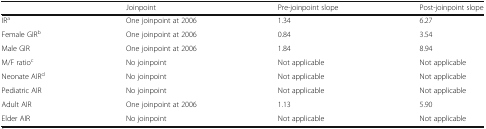
|  | Joinpoint | Pre-joinpoint slope | Post-joinpoint slope |
 | --- | --- | --- | --- |
 | IRa | One joinpoint at 2006 | 1.34 | 6.27 |
 | Female GIRb | One joinpoint at 2006 | 0.84 | 3.54 |
 | Male GIR | One joinpoint at 2006 | 1.84 | 8.94 |
 | M/F ratioc | No joinpoint | Not applicable | Not applicable |
 | Neonate AIRd | No joinpoint | Not applicable | Not applicable |
 | Pediatric AIR | No joinpoint | Not applicable | Not applicable |
 | Adult AIR | One joinpoint at 2006 | 1.13 | 5.90 |
 | Elder AIR | No joinpoint | Not applicable | Not applicable |